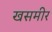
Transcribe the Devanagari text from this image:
खसमीर